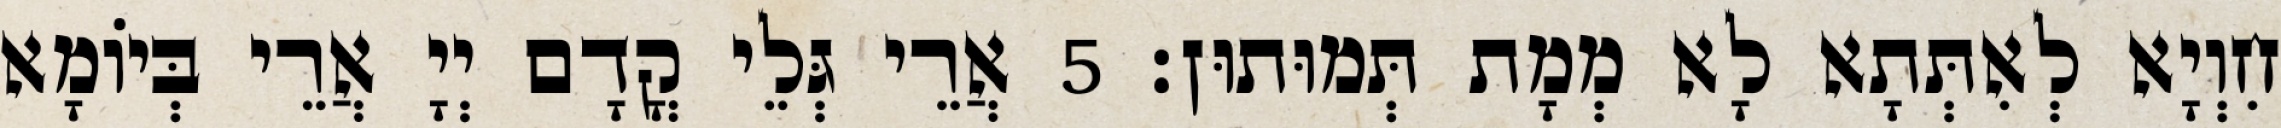
חִוְיָא לְאִתְּתָא לָא מְמָת תְּמוּתוּן׃ 5 אֲרֵי גְּלֵי קֳדָם יְיָ אֲרֵי בְּיוֹמָא